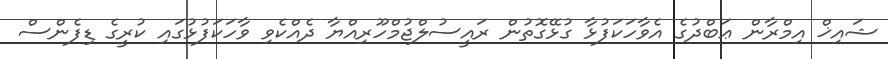
ޝައިޚް އިމްރާން ޢަބްދުގެ އެވާހަކަފުޅާ ގުޅޭގޮތުން ރައީސުލްޖުމްހޫރިއްޔާ ދެއްކެވި ވާހަކަފުޅުގައި ކުރީގެ ޑިފެންސް